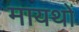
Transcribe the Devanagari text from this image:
मायथों